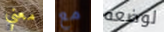
معني مع لوضعه